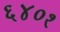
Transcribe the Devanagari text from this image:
६४०१